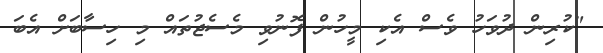
"ކުރިން ދުވަހު ވެސް އެކި މީހުން ފޮނުވި މެސެޖުތައް މި ހިސާބަށް އެބަ